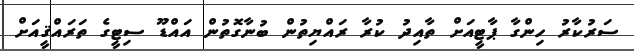
ސަރުކާރު ހިންގާ ޕާޓީއަށް ތާއިދު ކުރާ ރައްޔިތުން ބުނާގޮތުން އައްޑޫ ސިޓީގެ ތަރައްޤީއަށް